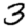
Digit: 3